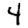
Digit: 4